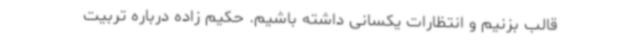
قالب بزنیم و انتظارات یکسانی داشته باشیم. حکیم زاده درباره تربیت